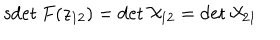
LaTeX: \mathrm { s d e t } \: F ( z _ { 1 2 } ) = \det { \cal X } _ { 1 2 } = \det { \cal X } _ { 2 1 }